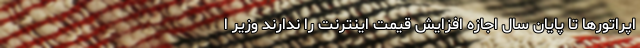
اپراتورها تا پایان سال اجازه افزایش قیمت اینترنت را ندارند وزیر ا